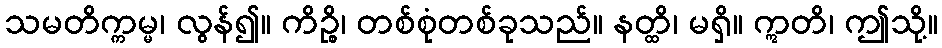
သမတိက္ကမ္မ၊ လွန်၍။ ကိဉ္စိ၊ တစ်စုံတစ်ခုသည်။ နတ္ထိ၊ မရှိ။ ဣတိ၊ ဤသို့။